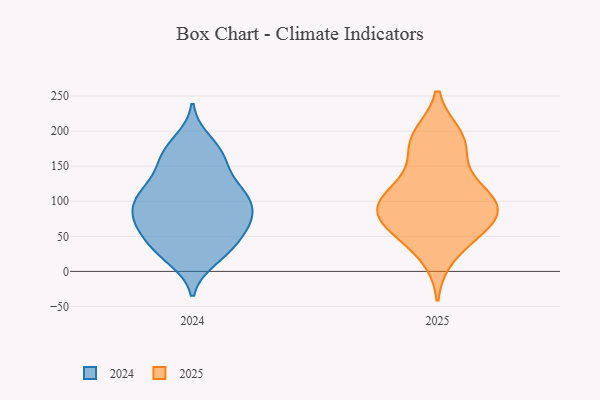
{"axis": {"x": "Inventory Turnover", "y": "Value"}, "legend": ["2024", "2025"], "data": [{"x": "", "y": 84, "type": "2025"}, {"x": "", "y": 70, "type": "2025"}, {"x": "", "y": 193, "type": "2025"}, {"x": "", "y": 107, "type": "2025"}, {"x": "", "y": 167, "type": "2025"}, {"x": "", "y": 22, "type": "2025"}, {"x": "", "y": 64, "type": "2025"}, {"x": "", "y": 88, "type": "2025"}, {"x": "", "y": 68, "type": "2025"}, {"x": "", "y": 115, "type": "2025"}, {"x": "", "y": 96, "type": "2025"}, {"x": "", "y": 48, "type": "2025"}, {"x": "", "y": 191, "type": "2025"}, {"x": "", "y": 98, "type": "2025"}, {"x": "", "y": 123, "type": "2025"}, {"x": "", "y": 183, "type": "2025"}, {"x": "", "y": 85, "type": "2024"}, {"x": "", "y": 186, "type": "2024"}, {"x": "", "y": 73, "type": "2024"}, {"x": "", "y": 66, "type": "2024"}, {"x": "", "y": 18, "type": "2024"}, {"x": "", "y": 34, "type": "2024"}, {"x": "", "y": 102, "type": "2024"}, {"x": "", "y": 163, "type": "2024"}, {"x": "", "y": 28, "type": "2024"}, {"x": "", "y": 112, "type": "2024"}, {"x": "", "y": 135, "type": "2024"}, {"x": "", "y": 74, "type": "2024"}, {"x": "", "y": 70, "type": "2024"}, {"x": "", "y": 110, "type": "2024"}, {"x": "", "y": 167, "type": "2024"}, {"x": "", "y": 108, "type": "2024"}, {"x": "", "y": 160, "type": "2024"}, {"x": "", "y": 110, "type": "2024"}, {"x": "", "y": 34, "type": "2024"}, {"x": "", "y": 59, "type": "2024"}]}